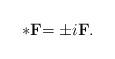
LaTeX: \begin{align*}\ast \mathbf{F}\mathcal{=\pm }i\mathbf{F}. \end{align*}